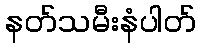
နတ်သမီးနံပါတ်